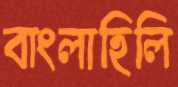
বাংলাহিলি